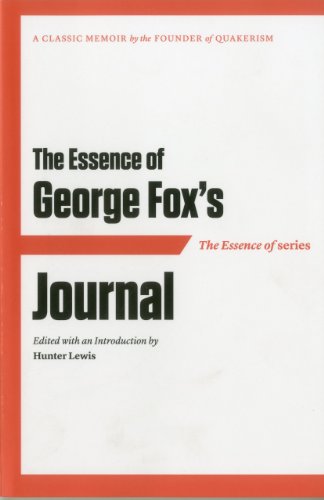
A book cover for The Essence of . . . George Fox's Journal; Christian Books & Bibles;